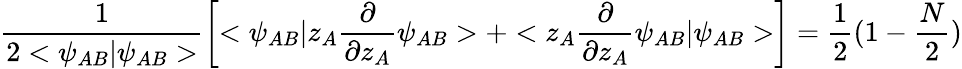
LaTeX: \frac{1}{2<\psi_{AB}|\psi_{AB}>}\left[<\psi_{AB}|z_{A}\frac{\partial}{\partial z_{A}}\psi_{AB}>+<z_{A}\frac{\partial}{\partial z_{A}}\psi_{AB}|\psi_{AB}>\right]=\frac{1}{2}(1-\frac{N}{2})